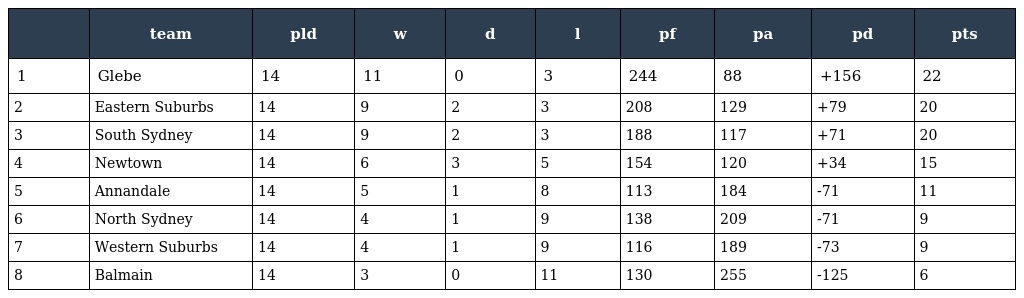
|  | team | pld | w | d | l | pf | pa | pd | pts |
 | --- | --- | --- | --- | --- | --- | --- | --- | --- | --- |
 | 1 | Glebe | 14 | 11 | 0 | 3 | 244 | 88 | +156 | 22 |
 | 2 | Eastern Suburbs | 14 | 9 | 2 | 3 | 208 | 129 | +79 | 20 |
 | 3 | South Sydney | 14 | 9 | 2 | 3 | 188 | 117 | +71 | 20 |
 | 4 | Newtown | 14 | 6 | 3 | 5 | 154 | 120 | +34 | 15 |
 | 5 | Annandale | 14 | 5 | 1 | 8 | 113 | 184 | -71 | 11 |
 | 6 | North Sydney | 14 | 4 | 1 | 9 | 138 | 209 | -71 | 9 |
 | 7 | Western Suburbs | 14 | 4 | 1 | 9 | 116 | 189 | -73 | 9 |
 | 8 | Balmain | 14 | 3 | 0 | 11 | 130 | 255 | -125 | 6 |